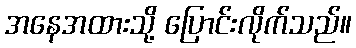
အနေအထားသို့ ပြောင်းလိုက်သည်။